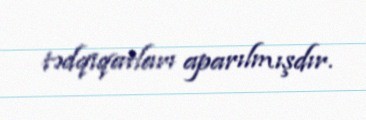
tədqiqatları aparılmışdır.